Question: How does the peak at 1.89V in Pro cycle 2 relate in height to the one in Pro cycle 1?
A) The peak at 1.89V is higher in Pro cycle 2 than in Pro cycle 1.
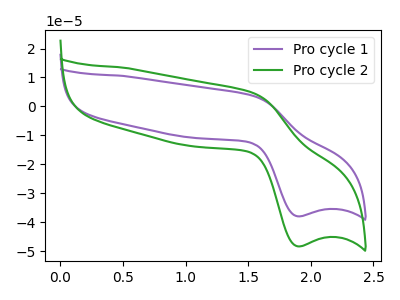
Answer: <think>The purple curve "Pro cycle 1" has an anodic peak at (1.55V, 3.70uA) and a cathodic peak at (1.90V, -37.95uA). The green curve "Pro cycle 2" has an anodic peak at (1.55V, 4.70uA) and a cathodic peak at (1.90V, -48.30uA).</think>
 <answer>A) The peak at 1.89V is higher in "Pro cycle 2" than in "Pro cycle 1".</answer>
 <eval>A</eval>